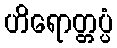
ဟိရောတ္တပ္ပံ